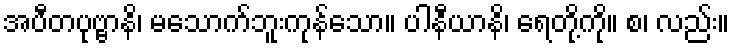
အပီတပုဗ္ဗာနိ၊ မသောက်ဘူးကုန်သော။ ပါနီယာနိ၊ ရေတို့ကို။ စ၊ လည်း။